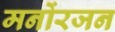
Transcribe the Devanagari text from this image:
मनोंरजन